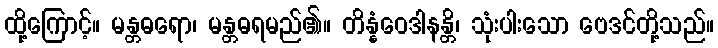
ထို့ကြောင့်။ မန္တဓရော၊ မန္တဓရမည်၏။ တိန္နံဝေဒါနန္တိ၊ သုံးပါးသော ဗေဒင်တို့သည်။